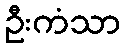
ဦးကံသာ